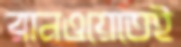
রানওয়েতেই